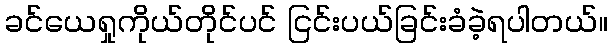
ခင်ယေရှုကိုယ်တိုင်ပင် ငြင်းပယ်ခြင်းခံခဲ့ရပါတယ်။